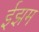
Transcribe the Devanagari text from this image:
ईझम